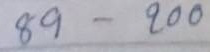
89 - 200